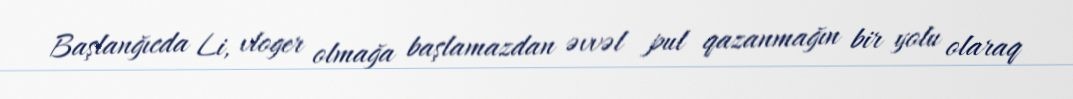
Başlanğıcda Li, vloger olmağa başlamazdan əvvəl pul qazanmağın bir yolu olaraq